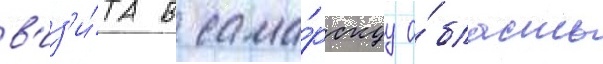
в'из'и́та в сама́рскуу о́бласть